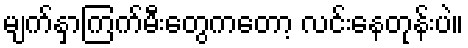
မျက်နှာကြက်မီးတွေကတော့ လင်းနေတုန်းပဲ။